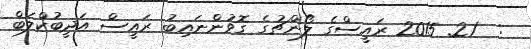
:  21